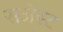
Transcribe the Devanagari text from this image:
सजेस्ट